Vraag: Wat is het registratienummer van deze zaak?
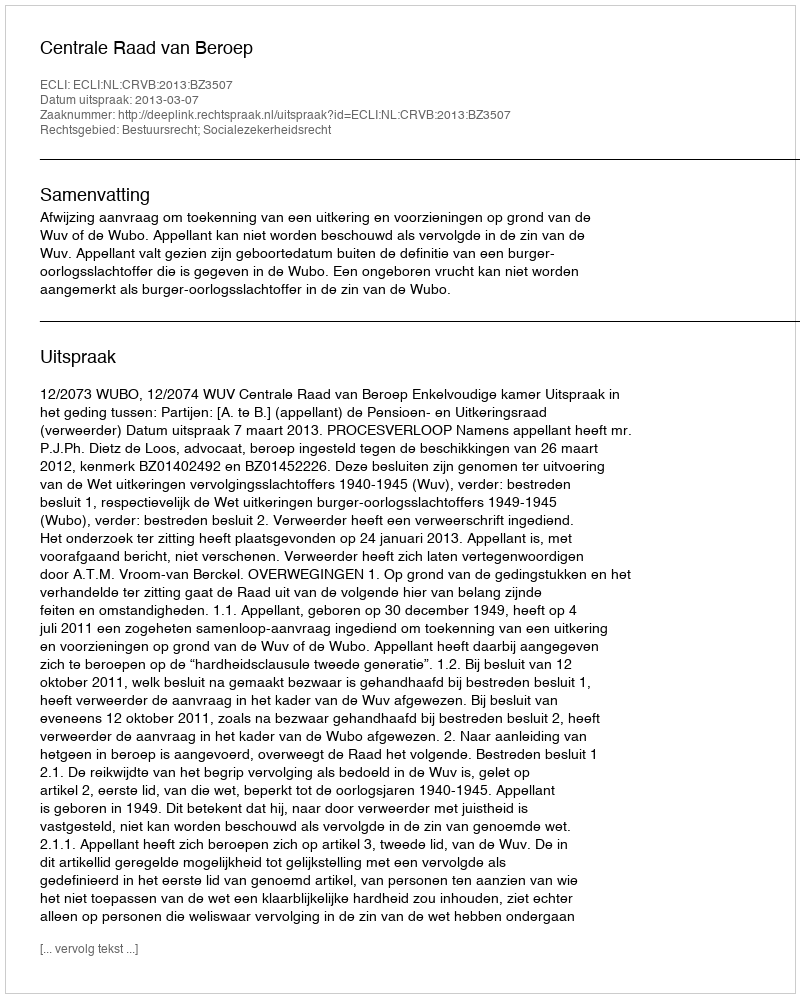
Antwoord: http://deeplink.rechtspraak.nl/uitspraak?id=ECLI:NL:CRVB:2013:BZ3507